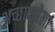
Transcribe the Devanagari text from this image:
अच्छादलेला